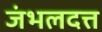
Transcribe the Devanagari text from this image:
जंभलदत्त